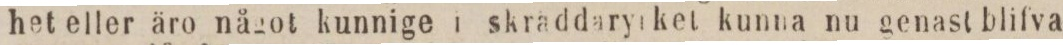
het eller äro något kunnige i skräddaryrket kunna nu genast blifva